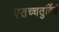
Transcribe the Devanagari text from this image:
एतच्चतुर्विधं